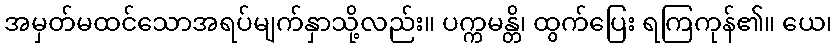
အမှတ်မထင်သောအရပ်မျက်နှာသို့လည်း။ ပက္ကမန္တိ၊ ထွက်ပြေး ရကြကုန်၏။ ယေ၊